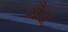
ગૌડા